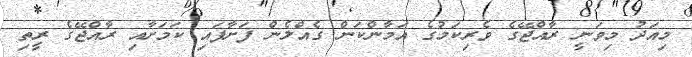
މިއަދު މިވަނީ ރާއްޖޭގެ ވެރިކަމުގެ އަމާންކަން ގެއްލެން ފަށާފައި ކަމަށާއި ރާއްޖޭގެ ރީތި